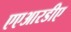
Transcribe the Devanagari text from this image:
एएआरडीए